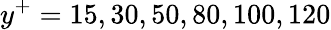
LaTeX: y^{+}=15,30,50,80,100,120